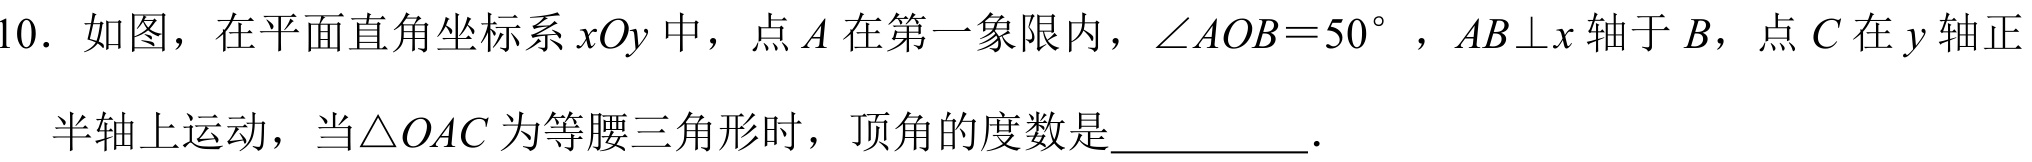
10. 如图，在平面直角坐标系\(xOy\)中，点\(A\)在第一象限内，\(\angle AOB = 50^{\circ}\)，\(AB\perp x\)轴于\(B\)，点\(C\)在\(y\)轴正半轴上运动，当\(\triangle OAC\)为等腰三角形时，顶角的度数是  ．